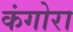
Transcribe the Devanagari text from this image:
कंगोरा